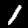
Label: 1